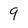
Character: 9